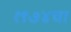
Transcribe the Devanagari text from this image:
१९७४चा